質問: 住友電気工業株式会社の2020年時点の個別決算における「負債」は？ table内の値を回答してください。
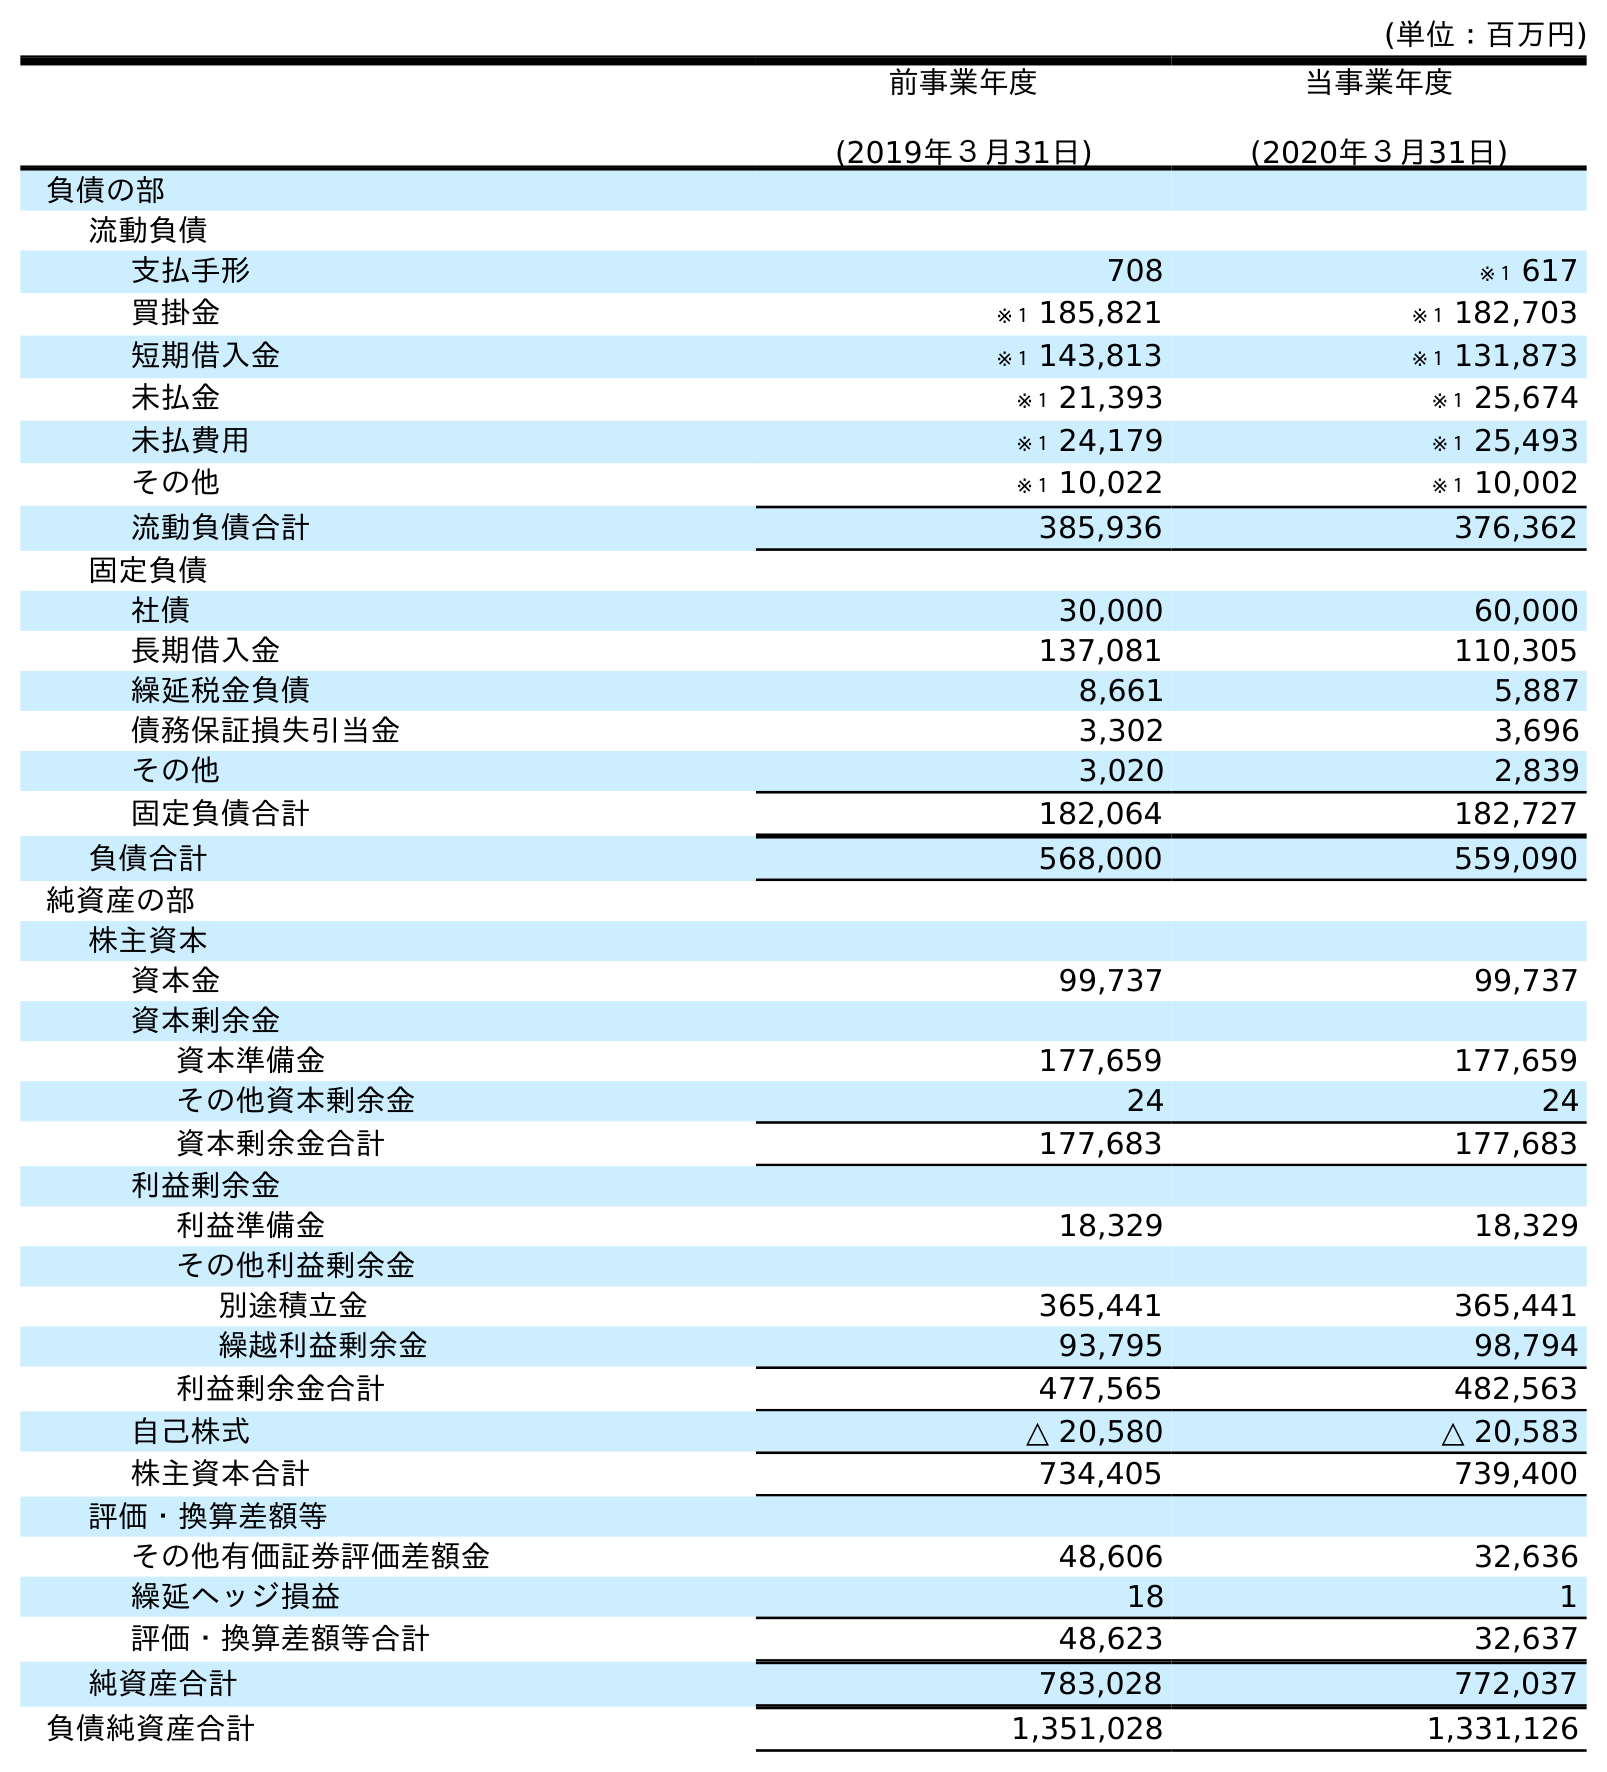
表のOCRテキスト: (単位：百万円) 前事業年度 (2019年３月31日) 当事業年度 (2020年３月31日) 負債の部 流動負債 支払手形 708 ※１ 617 買掛金 ※１ 185,821 ※１ 182,703 短期借入金 ※１ 143,813 ※１ 131,873 未払金 ※１ 21,393 ※１ 25,674 未払費用 ※１ 24,179 ※１ 25,493 その他 ※１ 10,022 ※１ 10,002 流動負債合計 385,936 376,362 固定負債 社債 30,000 60,000 長期借入金 137,081 110,305 繰延税金負債 8,661 5,887 債務保証損失引当金 3,302 3,696 その他 3,020 2,839 固定負債合計 182,064 182,727 負債合計 568,000 559,090 純資産の部 株主資本 資本金 99,737 99,737 資本剰余金 資本準備金 177,659 177,659 その他資本剰余金 24 24 資本剰余金合計 177,683 177,683 利益剰余金 利益準備金 18,329 18,329 その他利益剰余金 別途積立金 365,441 365,441 繰越利益剰余金 93,795 98,794 利益剰余金合計 477,565 482,563 自己株式 △ 20,580 △ 20,583 株主資本合計 734,405 739,400 評価・換算差額等 その他有価証券評価差額金 48,606 32,636 繰延ヘッジ損益 18 1 評価・換算差額等合計 48,623 32,637 純資産合計 783,028 772,037 負債純資産合計 1,351,028 1,331,126
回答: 559,090